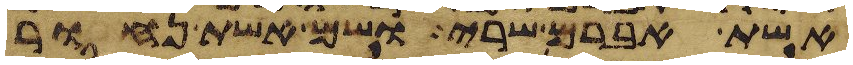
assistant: אשת אברם שרי ושם אשת נחור